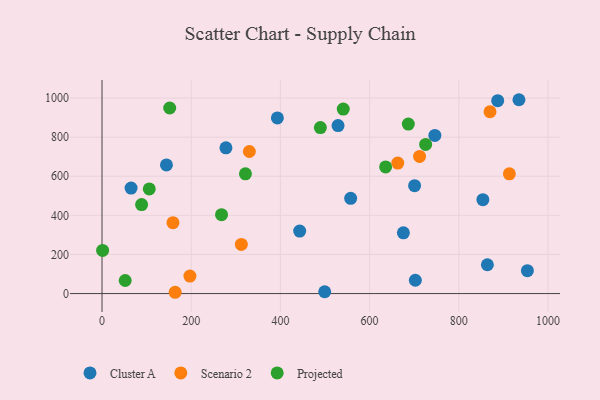
{"axis": {"x": "Investment", "y": "Exam Score"}, "legend": ["Cluster A", "Projected", "Scenario 2"], "data": [{"x": "499.3", "y": 9.4, "type": "Cluster A"}, {"x": "700.8", "y": 551.8, "type": "Cluster A"}, {"x": "702.5", "y": 68.2, "type": "Cluster A"}, {"x": "144.5", "y": 657.7, "type": "Cluster A"}, {"x": "953.7", "y": 117.1, "type": "Cluster A"}, {"x": "277.9", "y": 745.4, "type": "Cluster A"}, {"x": "934.8", "y": 991.4, "type": "Cluster A"}, {"x": "557.5", "y": 487.2, "type": "Cluster A"}, {"x": "853.9", "y": 480.4, "type": "Cluster A"}, {"x": "65.2", "y": 539.4, "type": "Cluster A"}, {"x": "675.7", "y": 310.7, "type": "Cluster A"}, {"x": "746.3", "y": 809.0, "type": "Cluster A"}, {"x": "529.2", "y": 859.3, "type": "Cluster A"}, {"x": "864.0", "y": 147.3, "type": "Cluster A"}, {"x": "887.2", "y": 986.6, "type": "Cluster A"}, {"x": "443.2", "y": 319.8, "type": "Cluster A"}, {"x": "393.2", "y": 898.1, "type": "Cluster A"}, {"x": "330.4", "y": 726.6, "type": "Scenario 2"}, {"x": "663.1", "y": 667.2, "type": "Scenario 2"}, {"x": "869.9", "y": 929.8, "type": "Scenario 2"}, {"x": "913.3", "y": 612.4, "type": "Scenario 2"}, {"x": "159.1", "y": 362.5, "type": "Scenario 2"}, {"x": "164.0", "y": 6.6, "type": "Scenario 2"}, {"x": "712.0", "y": 701.5, "type": "Scenario 2"}, {"x": "312.4", "y": 251.2, "type": "Scenario 2"}, {"x": "197.1", "y": 89.5, "type": "Scenario 2"}, {"x": "268.0", "y": 403.5, "type": "Projected"}, {"x": "540.9", "y": 943.7, "type": "Projected"}, {"x": "489.6", "y": 848.9, "type": "Projected"}, {"x": "321.6", "y": 612.2, "type": "Projected"}, {"x": "635.9", "y": 647.7, "type": "Projected"}, {"x": "1.4", "y": 220.4, "type": "Projected"}, {"x": "52.0", "y": 66.9, "type": "Projected"}, {"x": "725.6", "y": 762.9, "type": "Projected"}, {"x": "88.8", "y": 455.3, "type": "Projected"}, {"x": "106.0", "y": 535.4, "type": "Projected"}, {"x": "151.8", "y": 949.2, "type": "Projected"}, {"x": "686.8", "y": 867.0, "type": "Projected"}]}